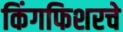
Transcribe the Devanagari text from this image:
किंगफिशरचे